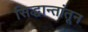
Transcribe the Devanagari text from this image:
सिद्धान्तांतून